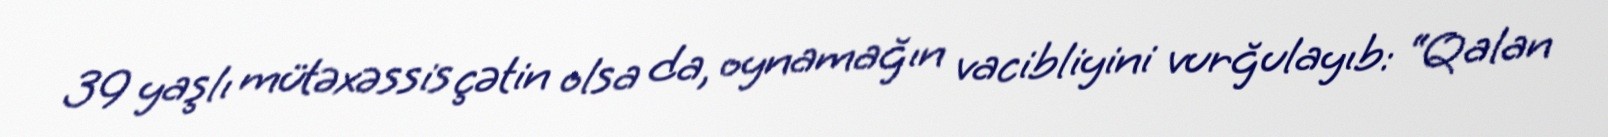
39 yaşlı mütəxəssis çətin olsa da, oynamağın vacibliyini vurğulayıb: “Qalan